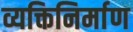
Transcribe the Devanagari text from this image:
व्यक्तिनिर्माण